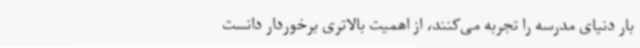
بار دنیای مدرسه را تجربه می‌کنند، از اهمیت بالاتری برخوردار دانست